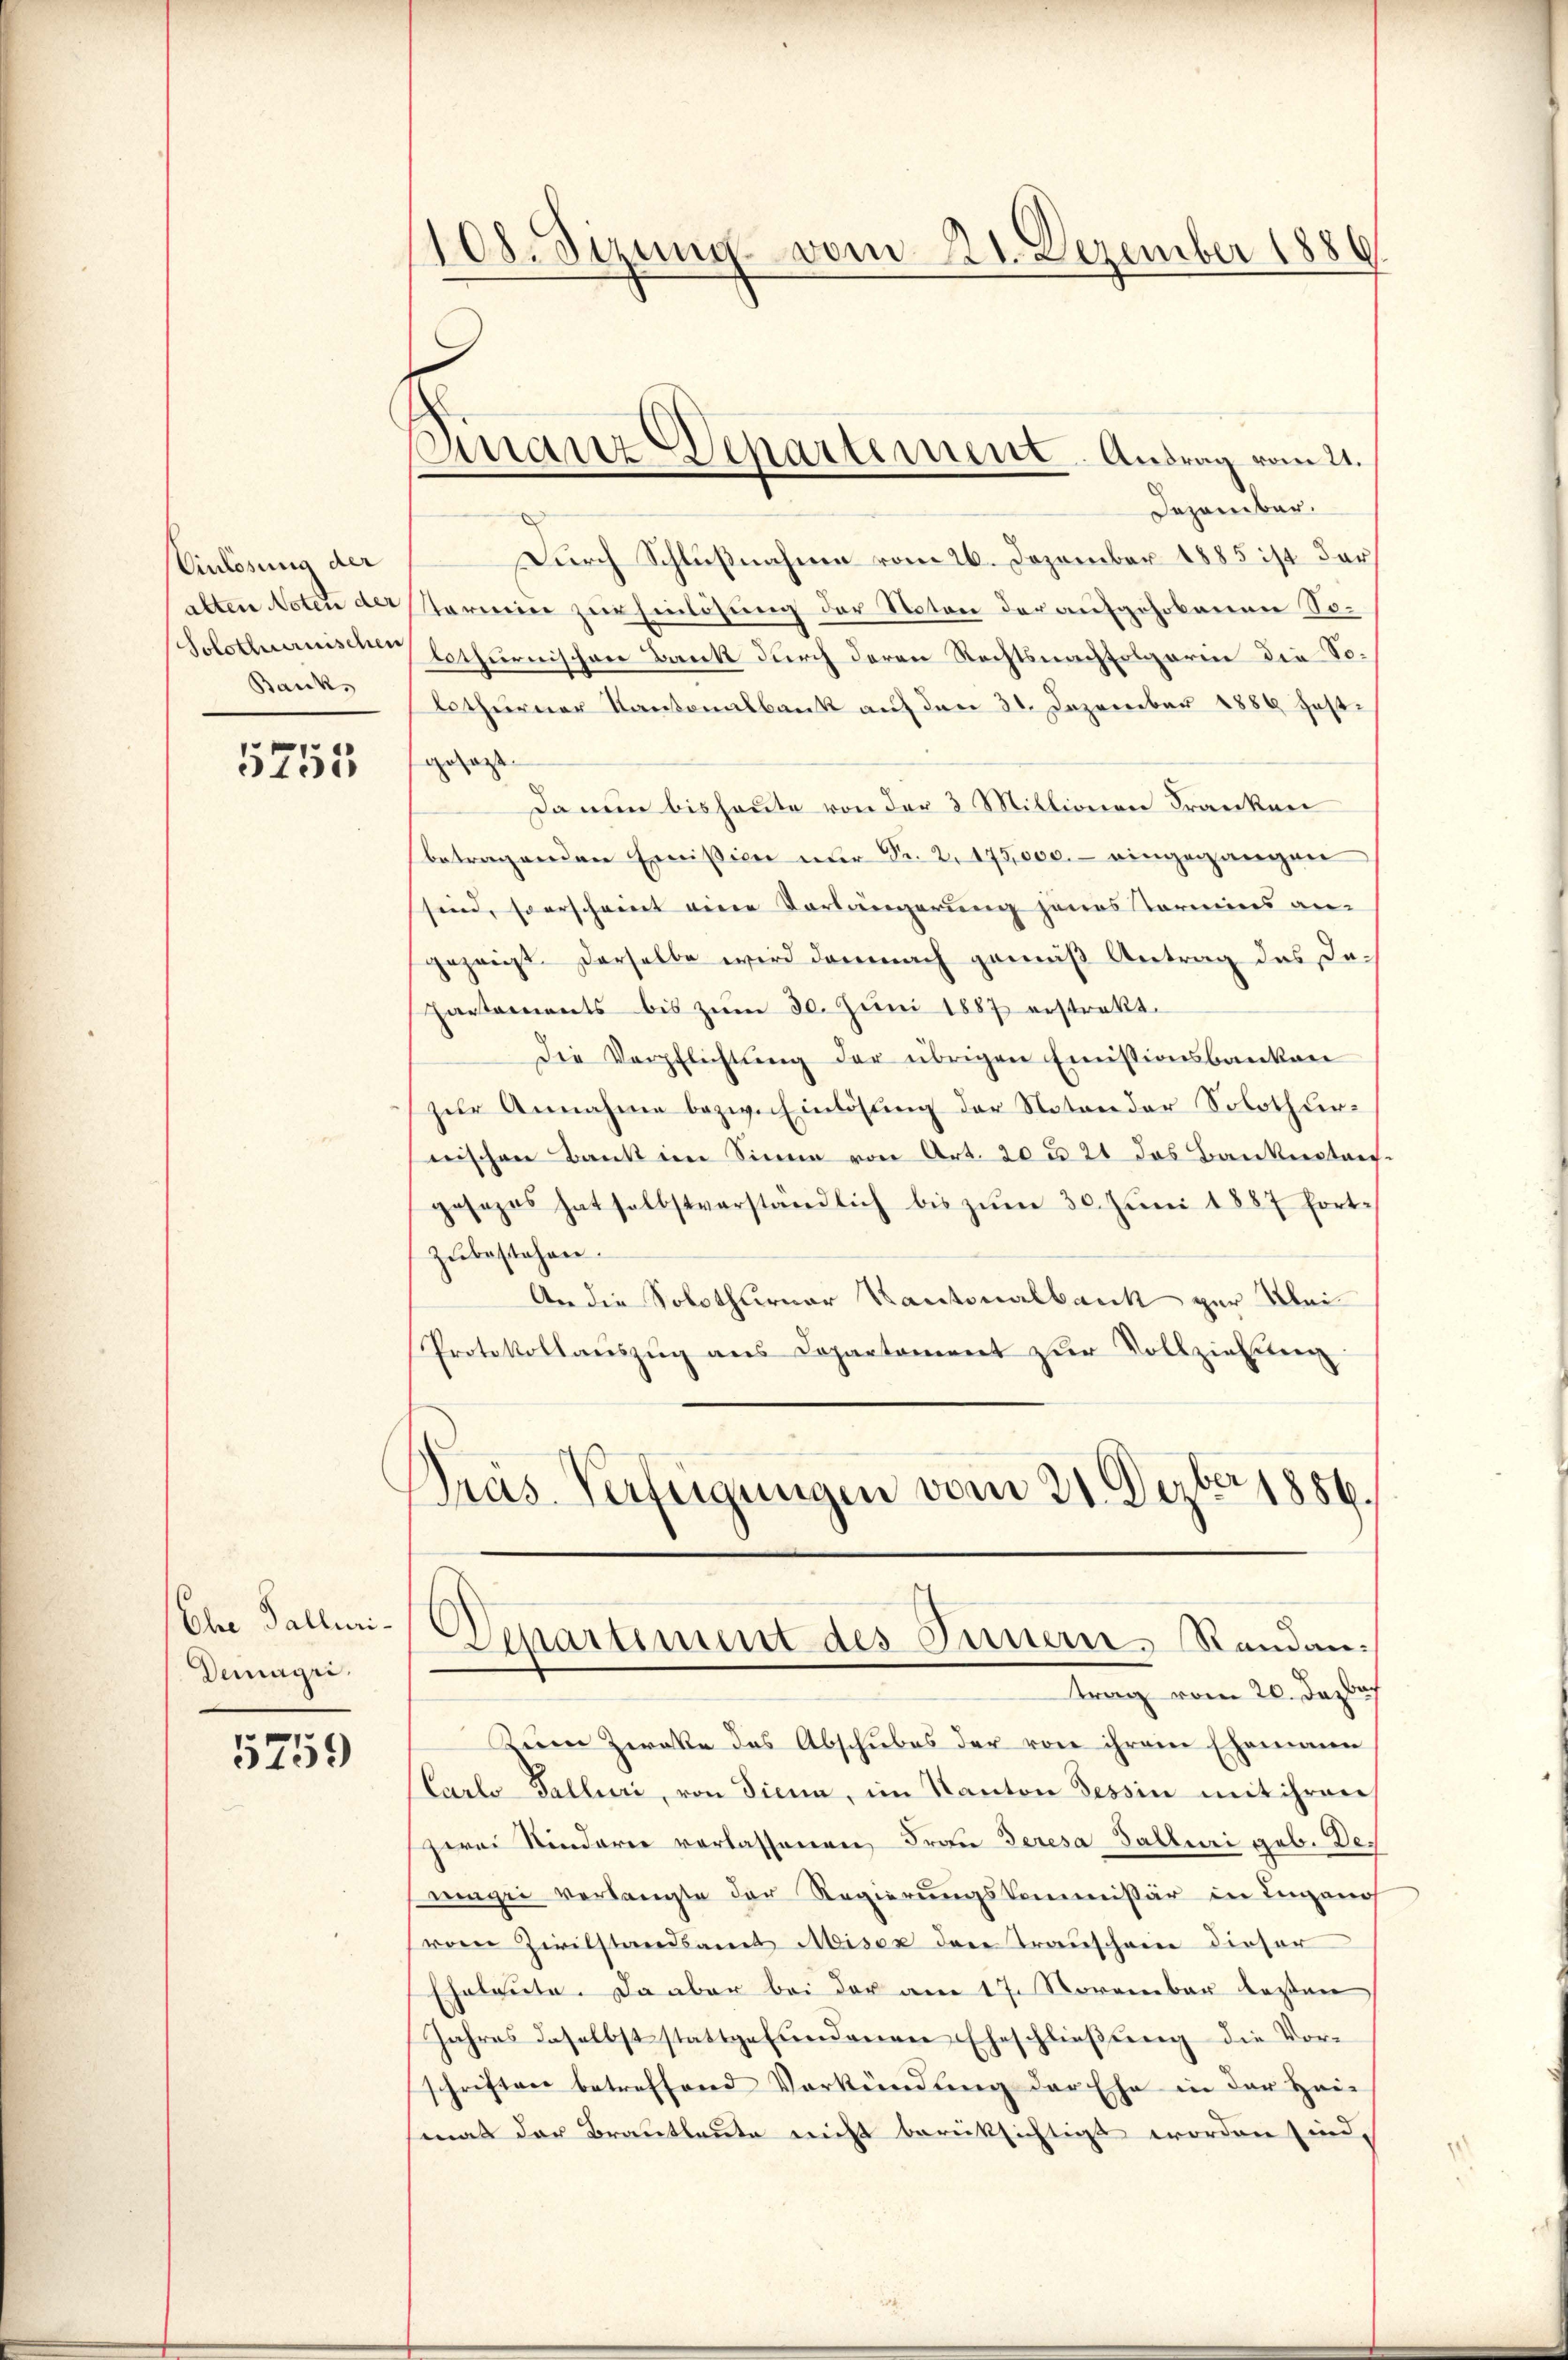
Einlösung der
Bank

5755

Demaÿri

5259

1108. Sitzung vom 21. Dezember 1886

Finanz-Departement. Antrag vom 21.

Dezember.
Durch Schlußnahme vom 26. Dezember 1885 ist der
alten Noten der Starien zur Einlösung der Noten der aufgehobenen So¬
Solothurnischen lothurnischen Bank durch deren Rechtsnachfolgerin die Solothurner Kantonalbank auf den 31. Dezember 1889 festgepass. |
Da nun bis heute von der 2 Millionen Franken
betragenden Emission nur Nr. 2. 175,000.- eingegangen
sind, so erscheint eine Vorlängerung jenes Termins an-
gezeigt derselbe wird demnach gemäß Antrag des In¬
Partements bis zŭm 30. Juni 1887 erstrakt.
Die Verpflichtung der übrigen Emissionsbanken
zur Annahme bezw. Einlösung der Noten der Solothurnischen Bank im Sinne von Art. 20 u. 21 das Banknoten.
gesezes hat selbstverständlich bis zŭm 30. Jŭni 1887 fort-
zŭbestehen.
An die Solothurner Kantonalbank zur Klei¬
Protokollaŭszŭg ans Departament zŭr Vollziehung
ras-Verfügungen vom 21. Dezbr 1856.
Ein Fallen-Departiment des Innern Randantrag vom 20. Dezbach
Zum Zweke des Abschubes der von ihrem Ehemann
(Carlo Galluri, von Siena, im Kanton Tessin mit ihrer
zwei Kinderer verlassenen Frau deresa Salluri geb. Dewenge verlangte der Regierungskommissär in Lugano
rem Zivilstandsamt Misox den Trauschein dieser
Eheleute. Da aber bei der am 17. November lezten
Jahres daselbst stattgefundenen Eheschließung die Vorschriften betreffend Verkündung der Ehe in der Hei-
smal der Brautleute nicht berücksichtigt worden sind,